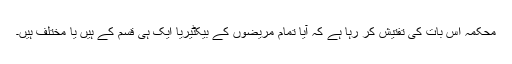
محکمہ اس بات کی تفتیش کر رہا ہے کہ آیا تمام مریضوں کے بیکٹیریا ایک ہی قسم کے ہیں یا مختلف ہیں۔